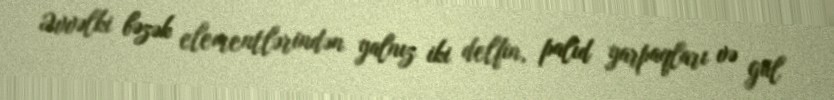
Əvvəlki bəzək elementlərindən yalnız iki delfin, palıd yarpaqları və gül